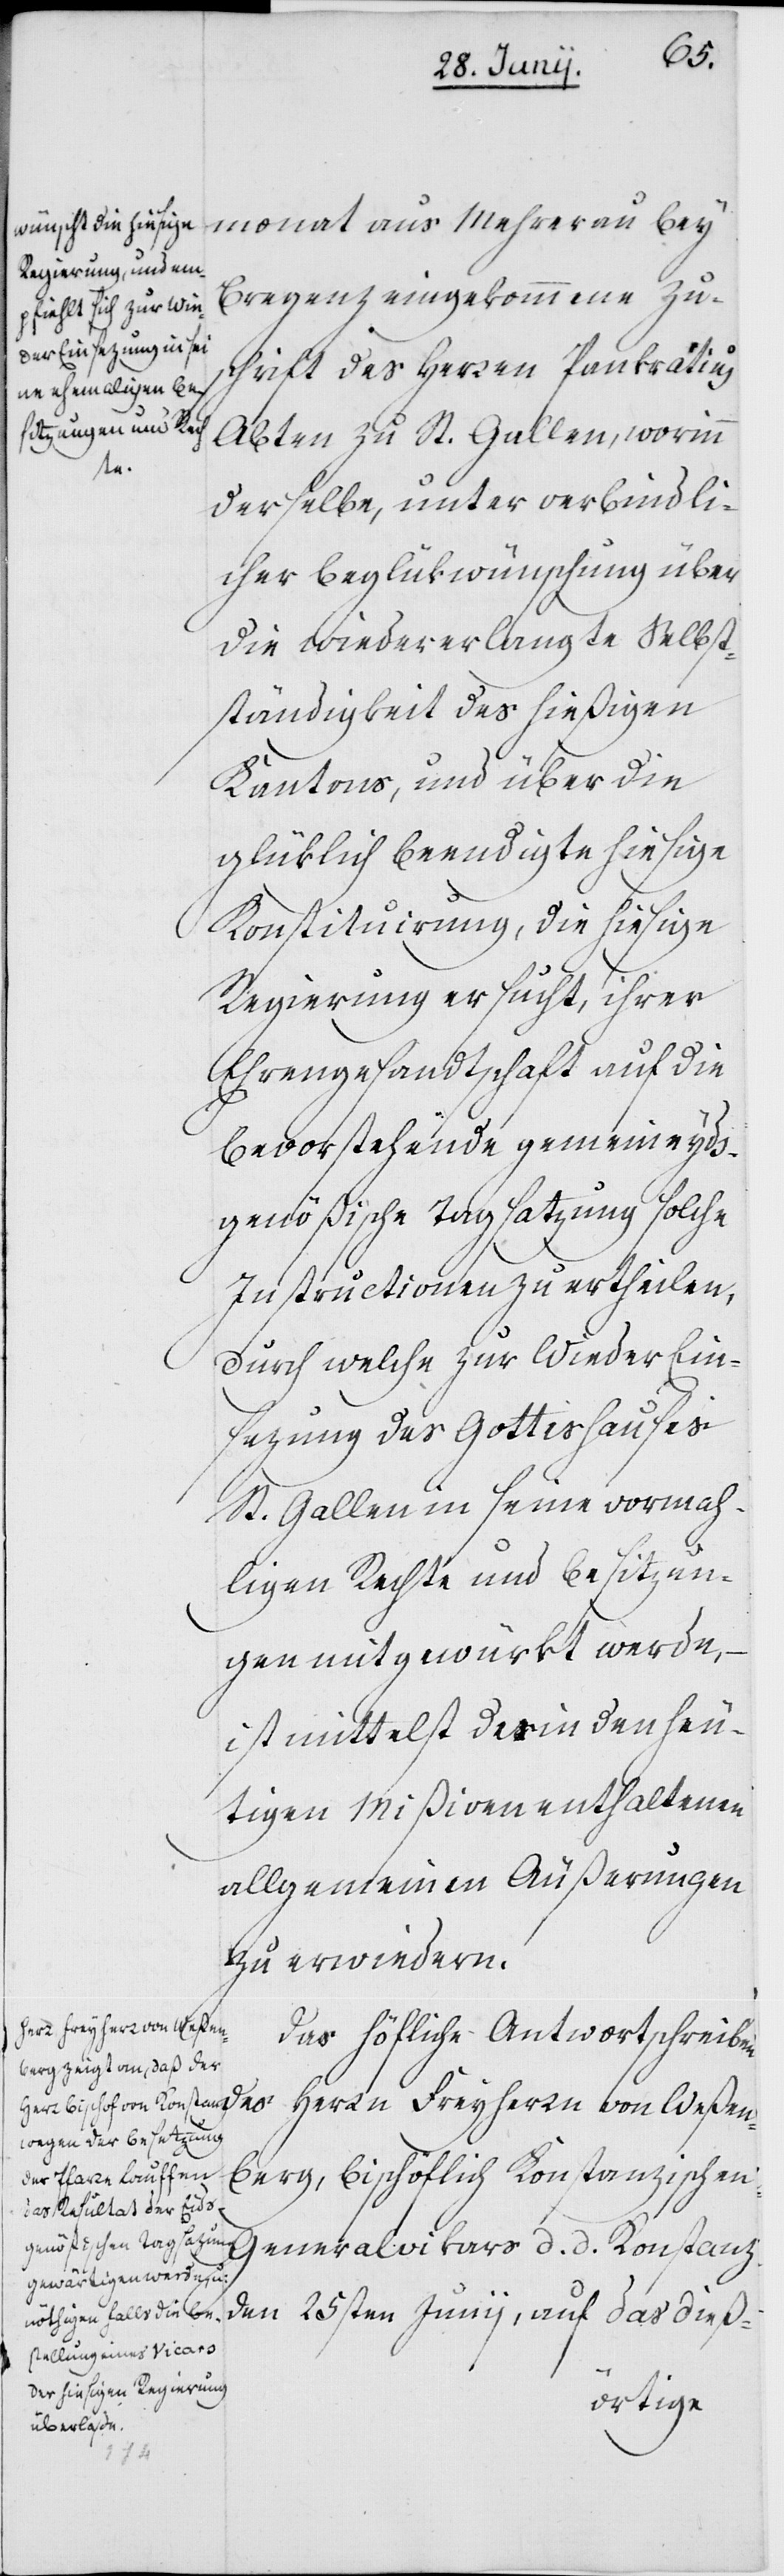
d.
monat aus Mehrerau bey
Bregenz eingekommene Zu¬
schrift des Herren Pankratius
Abten zu St. Gallen, worinn
derselbe, unter verbindli¬
cher Beglükwünschung über
die wiedererlangte Selbst¬
ständigkeit des hießigen
Kantons, und über die
glüklich beendigte hiesige
Konstituirung, die hiesige
Regierung ersucht, ihrer
Ehrengesandtschaft auf die
bevorstehende gemeineyds¬
genößische Tagsatzung solche
Instructionen zu ertheilen,
durch welche zur Wieder Ein¬
sezung des Gotteshauses
St. Gallen in seine vormah¬
ligen Rechte und Besizun¬
gen mitgewürkt werde,
ist mittelst der in den heu¬
tigen Mißiven enthaltenen
allgemeinen Äußerungen
zu erwiedern.
Das höfliche Antwortschreibe¬
n des Herrn Freyherrn von Weßen¬
berg, Bischöflich Konstanzischen
den 25sten Junii, auf das dieß-